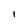
Character: l